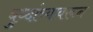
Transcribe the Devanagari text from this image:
बुध्दांच्यावरून